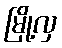
မြို့လှ